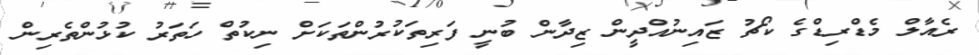
ރެއާލް މެޑްރިޑްގެ ކޯޗު ޒައިނުއްދީން ޒިދާން ބުނީ ފަރިތަކުރުންތަކަށް ނިކުތް ހަތަރު ކުޅުންތެރިން